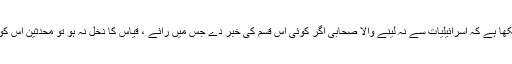
اس میں یہ اصول صاف لکھا ہے کہ اسرائیلیات سے نہ لینے والا صحابی اگر کوئی اس قسم کی خبر دے جس میں رائے ، قیاس کا دخل نہ ہو تو محدثین اس کو مرفوع شمار کرتے ہیں۔